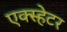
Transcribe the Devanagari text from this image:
एक्स्हेटर